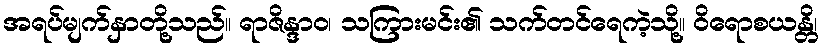
အရပ်မျက်နှာတို့သည်။ ရာဇိန္ဒာဝ၊ သကြားမင်း၏ သက်တင်ရေကဲ့သို့။ ဝိရောစယန္တိ၊